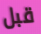
قبل